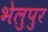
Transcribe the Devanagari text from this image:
भेलुपुर